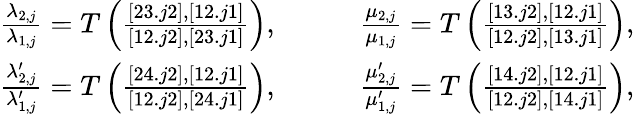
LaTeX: \begin{array}{rl}{\frac{\lambda_{2,j}}{\lambda_{1,j}}=T\left(\frac{[23.j2],[12.j1]}{[12.j2],[23.j1]}\right),\qquad}&{\frac{\mu_{2,j}}{\mu_{1,j}}=T\left(\frac{[13.j2],[12.j1]}{[12.j2],[13.j1]}\right),}\\ {\frac{\lambda_{2,j}^{\prime}}{\lambda_{1,j}^{\prime}}=T\left(\frac{[24.j2],[12.j1]}{[12.j2],[24.j1]}\right),\qquad}&{\frac{\mu_{2,j}^{\prime}}{\mu_{1,j}^{\prime}}=T\left(\frac{[14.j2],[12.j1]}{[12.j2],[14.j1]}\right),}\end{array}